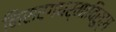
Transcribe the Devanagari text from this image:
निसर्गधर्माविरुद्ध